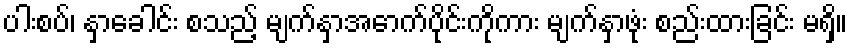
ပါးစပ်၊ နှာခေါင်း စသည့် မျက်နှာအောက်ပိုင်းကိုကား မျက်နှာဖုံး စည်းထားခြင်း မရှိ။